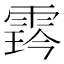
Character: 𩃨